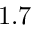
1 . 7